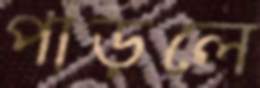
পাড়লে